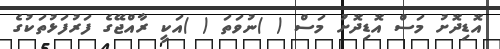
އޮޑިދޮށު މަސް އޮޑިދޮށު މަސް ( )ނުވަތަ ( )އަކީ ރާއްޖޭގެ ފަރުފަޅުތަކުގެ